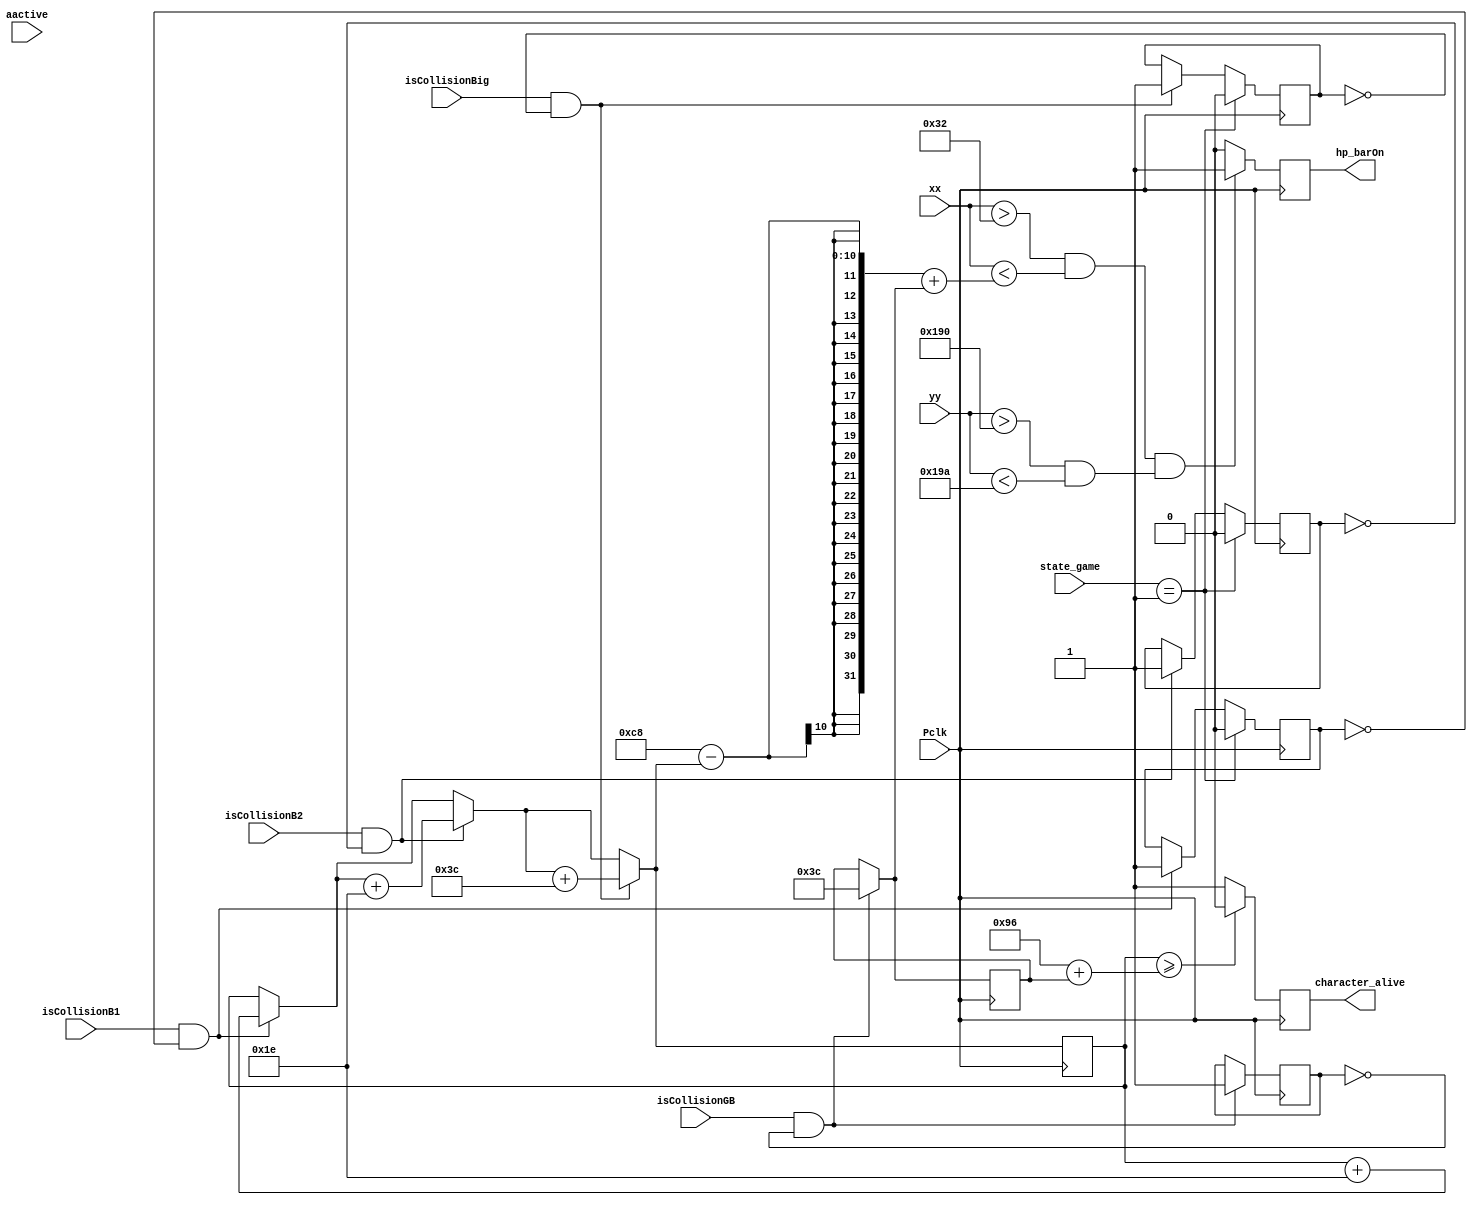
module hp_bar(
    input wire [9:0] xx, // current x position
    input wire [9:0] yy, // current y position
    input wire aactive, // high during active pixel drawing
    //input wire damage,
    output reg hp_barOn, // 1=on, 0=off
    output reg character_alive,
    input wire isCollisionB1,
    input wire isCollisionB2,
    input wire isCollisionGB,
    input wire isCollisionBig,
    input wire [1:0] state_game,
    input wire Pclk // 25MHz pixel clock
    );
    reg [9:0] stack_damage =0;
    reg character_alive = 1;
    reg check_onceB1 = 0;
    reg check_onceB2 = 0;
    reg check_onceGB = 0;
    reg check_onceBig = 0;
    reg [9:0] heal =0;
    
    always @(posedge Pclk)
        begin
            if(isCollisionB1==1 && check_onceB1 == 0)
            begin
                stack_damage = stack_damage + 30;
                check_onceB1 = 1;
            end
            
            if(isCollisionB2==1 && check_onceB2 == 0)
            begin
                stack_damage = stack_damage + 30;
                check_onceB2 = 1;
            end
            
            if(isCollisionBig==1 && check_onceBig == 0)
            begin
                stack_damage = stack_damage + 60;
                check_onceBig = 1;
            end
            
            if(isCollisionGB==1 && check_onceGB == 0)
            begin
                heal = 60;
                check_onceGB = 1;
            end
            
            if(state_game ==1)
            begin
                check_onceB1 = 0;
                check_onceB2 = 0;
                check_onceBig = 0;
            end
            
            if (((xx>50 && xx<200-stack_damage+heal) && (yy>400 && yy<410)))
                begin
                hp_barOn <= 1;
                end
            else
                begin
                hp_barOn <= 0;
                end
        end
    always @(posedge Pclk)
    begin
    if(stack_damage >= 150+heal)
                begin
                    character_alive =0;
                end
    else
    begin
        character_alive =1;
    end

    end
 
endmodule